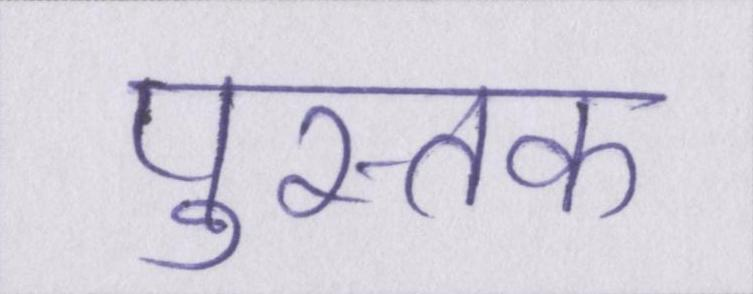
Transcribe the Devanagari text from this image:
पुस्तक